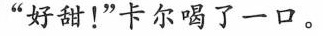
“好甜！”卡尔喝了一口。